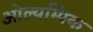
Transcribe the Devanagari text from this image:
ओल्यम्पिक